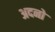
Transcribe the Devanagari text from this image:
अदनो